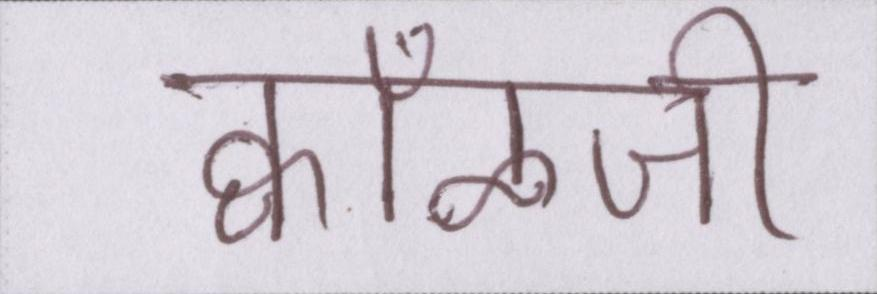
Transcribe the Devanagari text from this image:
क्वाँळजी